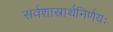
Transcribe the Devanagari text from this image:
सर्वशास्त्रार्थनिर्णयः